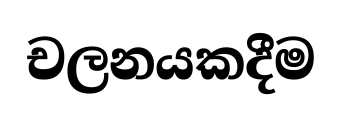
චලනයකදීම